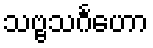
သဗ္ဗသင်္ဂဟော